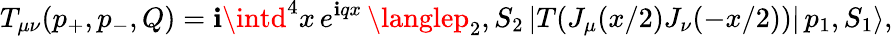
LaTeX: T_{\mu\nu}(p_{+},p_{-},Q)=\mathbf{i}\intd^{4}x\, e^{\mathbf{i}qx}\, \langlep_{2},S_{2}\, |T(J_{\mu}(x/2)J_{\nu}(-x/2))|\, p_{1},S_{1}\rangle,